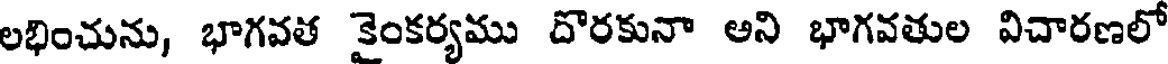
లభించును, భాగవత కైంకర్యము దొరకునా అని భాగవతుల విచారణలో